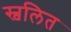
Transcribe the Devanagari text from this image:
स्वलित